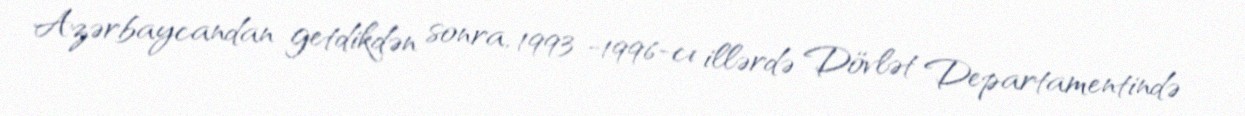
Azərbaycandan getdikdən sonra, 1993 -1996-cı illərdə Dövlət Departamentində